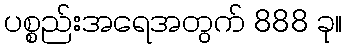
ပစ္စည်းအရေအတွက် 888 ခု။